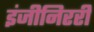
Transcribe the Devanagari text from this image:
इंजीनिररी